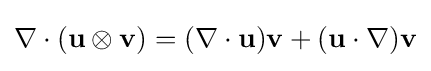
{\begin{aligned}\nabla \cdot (\mathbf {u} \otimes \mathbf {v} )=(\nabla \cdot \mathbf {u} )\mathbf {v} +(\mathbf {u} \cdot \nabla )\mathbf {v} \end{aligned}}